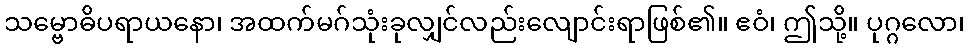
သမ္ဗောဓိပရာယနော၊ အထက်မဂ်သုံးခုလျှင်လည်းလျောင်းရာဖြစ်၏။ ဧဝံ၊ ဤသို့။ ပုဂ္ဂလော၊